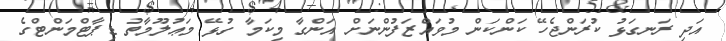
އަދި ރަނގަޅު ކުރަންޖެހޭ ކަންކަން މުވައްޒަފުންނަށް އަންގާ މިކަމާ ގުޅޭ މަޢުލޫމާތު ޑިޕާޓްމަންޓްގެ